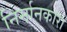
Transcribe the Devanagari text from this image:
निर्मानकारा